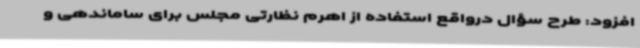
افزود: طرح سؤال درواقع استفاده از اهرم نظارتی مجلس برای ساماندهی و